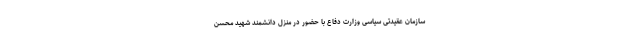
سازمان عقیدتی سیاسی وزارت دفاع با حضور در منزل دانشمند شهید محسن